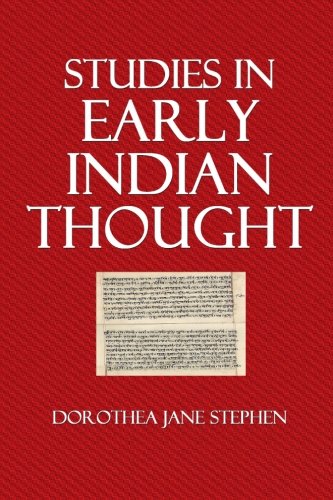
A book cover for Studies in Early Indian Thought; Dorothea Jane Stephen; Religion & Spirituality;